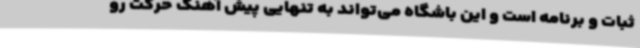
ثبات و برنامه است و این باشگاه می‌تواند به تنهایی پیش آهنگ حرکت رو